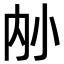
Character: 𪧿